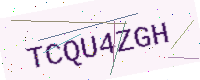
Text: TCQU4ZGH